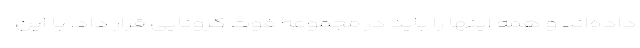
داده‌اند و همه اینها را باید در مجموعه فوت کرونایی قرار داد. با این